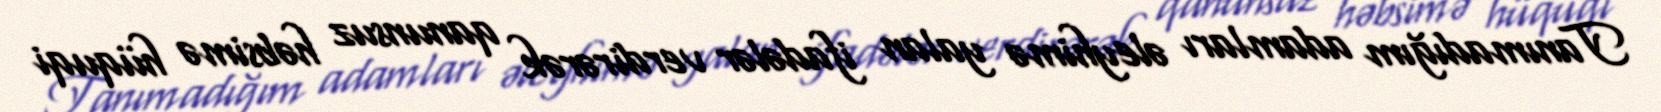
Tanımadığım adamları əleyhimə yalan ifadələr verdirərək qanunsuz həbsimə hüquqi